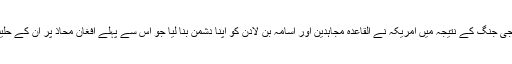
پہلی خلیجی جنگ کے نتیجہ میں امریکہ نے القاعدہ مجاہدین اور اسامہ بن لادن کو اپنا دشمن بنا لیا جو اس سے پہلے افغان محاذ پر ان کے حلیف تھے۔